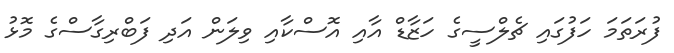
ފުރަތަމަ ހަފުގައި ޗެލްސީގެ ހަޒާޑް އާއި އޮސްކާއި ވިލަން އަދި ފަބްރިގާސްގެ މޮޅު